Scientific memoirs by medical officers of the Army of India - Part V,
Year: 1890
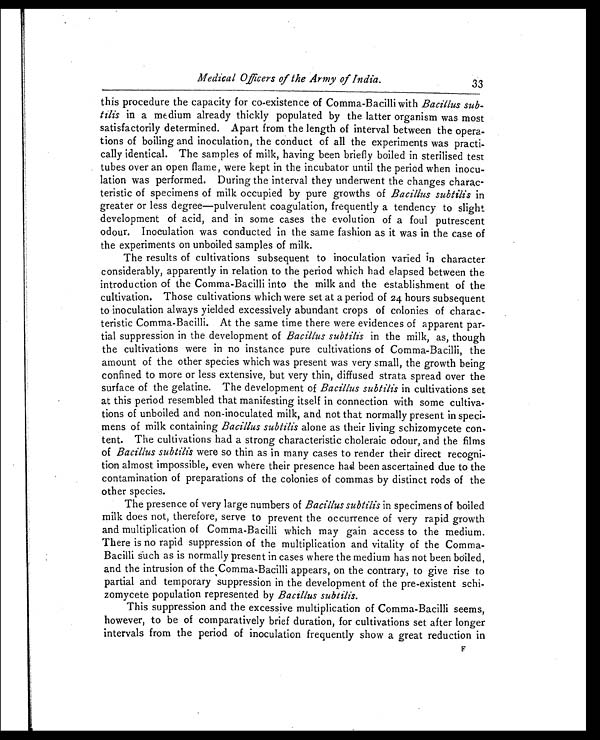
Medical Officers of the Army of India.
33
this procedure the capacity for co-existence of Comma-Bacilli with Bacillus sub-
tilis in a medium already thickly populated by the latter organism was most
satisfactorily determined. Apart from the length of interval between the opera
-tions of boiling and inoculation, the conduct of all the experiments was practi
-cally identical. The samples of milk, having been briefly boiled in sterilised test
tubes over an open flame, were kept in the incubator until the period when inocu
-lation was performed. During the interval they underwent the changes charac
-teristic of specimens of milk occupied by pure growths of Bacillus subtilis in
greater or less degree—pulverulent coagulation, frequently a tendency to slight
development of acid, and in some cases the evolution of a foul putrescent
odour. Inoculation was conducted in the same fashion as it was in the case of
the experiments on unboiled samples of milk.
The results of cultivations subsequent to inoculation varied in character
considerably, apparently in relation to the period which had elapsed between the
introduction of the Comma-Bacilli into the milk and the establishment of the
cultivation. Those cultivations which were set at a period of 24 hours subsequent
to inoculation always yielded excessively abundant crops of colonies of charac
-teristic Comma-Bacilli. At the same time there were evidences of apparent par
-tial suppression in the development of Bacillus subtilis in the milk, as, though
the cultivations were in no instance pure cultivations of Comma-Bacilli, the
amount of the other species which was present was very small, the growth being
confined to more or less extensive, but very thin, diffused strata spread over the
surface of the gelatine. The development of Bacillus subtilis in cultivations set
at this period resembled that manifesting itself in connection with some cultiva
-tions of unboiled and non-inoculated milk, and not that normally present in speci
-mens of milk containing Bacillus subtilis alone as their living schizomycete con
-tent. The cultivations had a strong characteristic choleraic odour, and the films
of Bacillus subtilis were so thin as in many cases to render their direct recogni
-tion almost impossible, even where their presence had been ascertained due to the
contamination of preparations of the colonies of commas by distinct rods of the
other species.
The presence of very large numbers of Bacillus subtilis in specimens of boiled
milk does not, therefore, serve to prevent the occurrence of very rapid growth
and multiplication of Comma-Bacilli which may gain access to the medium.
There is no rapid suppression of the multiplication and vitality of the Comma-
Bacilli such as is normally present in cases where the medium has not been boiled,
and the intrusion of the Comma-Bacilli appears, on the contrary, to give rise to
partial and temporary suppression in the development of the pre-existent schi
-zomycete population represented by Bacillus subtilis.
This suppression and the excessive multiplication of Comma-Bacilli seems,
however, to be of comparatively brief duration, for cultivations set after longer
intervals from the period of inoculation frequently show a great reduction in